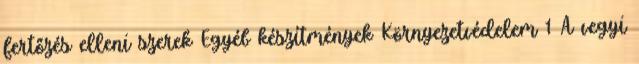
fertőzés elleni szerek Egyéb készítmények Környezetvédelem 1 A vegyi